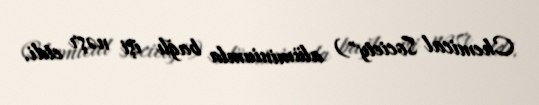
Chemical Society") alüminiumla bağlı işi nəşr etdi.